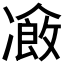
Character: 𠘄